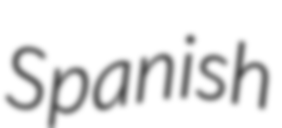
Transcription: Spanish